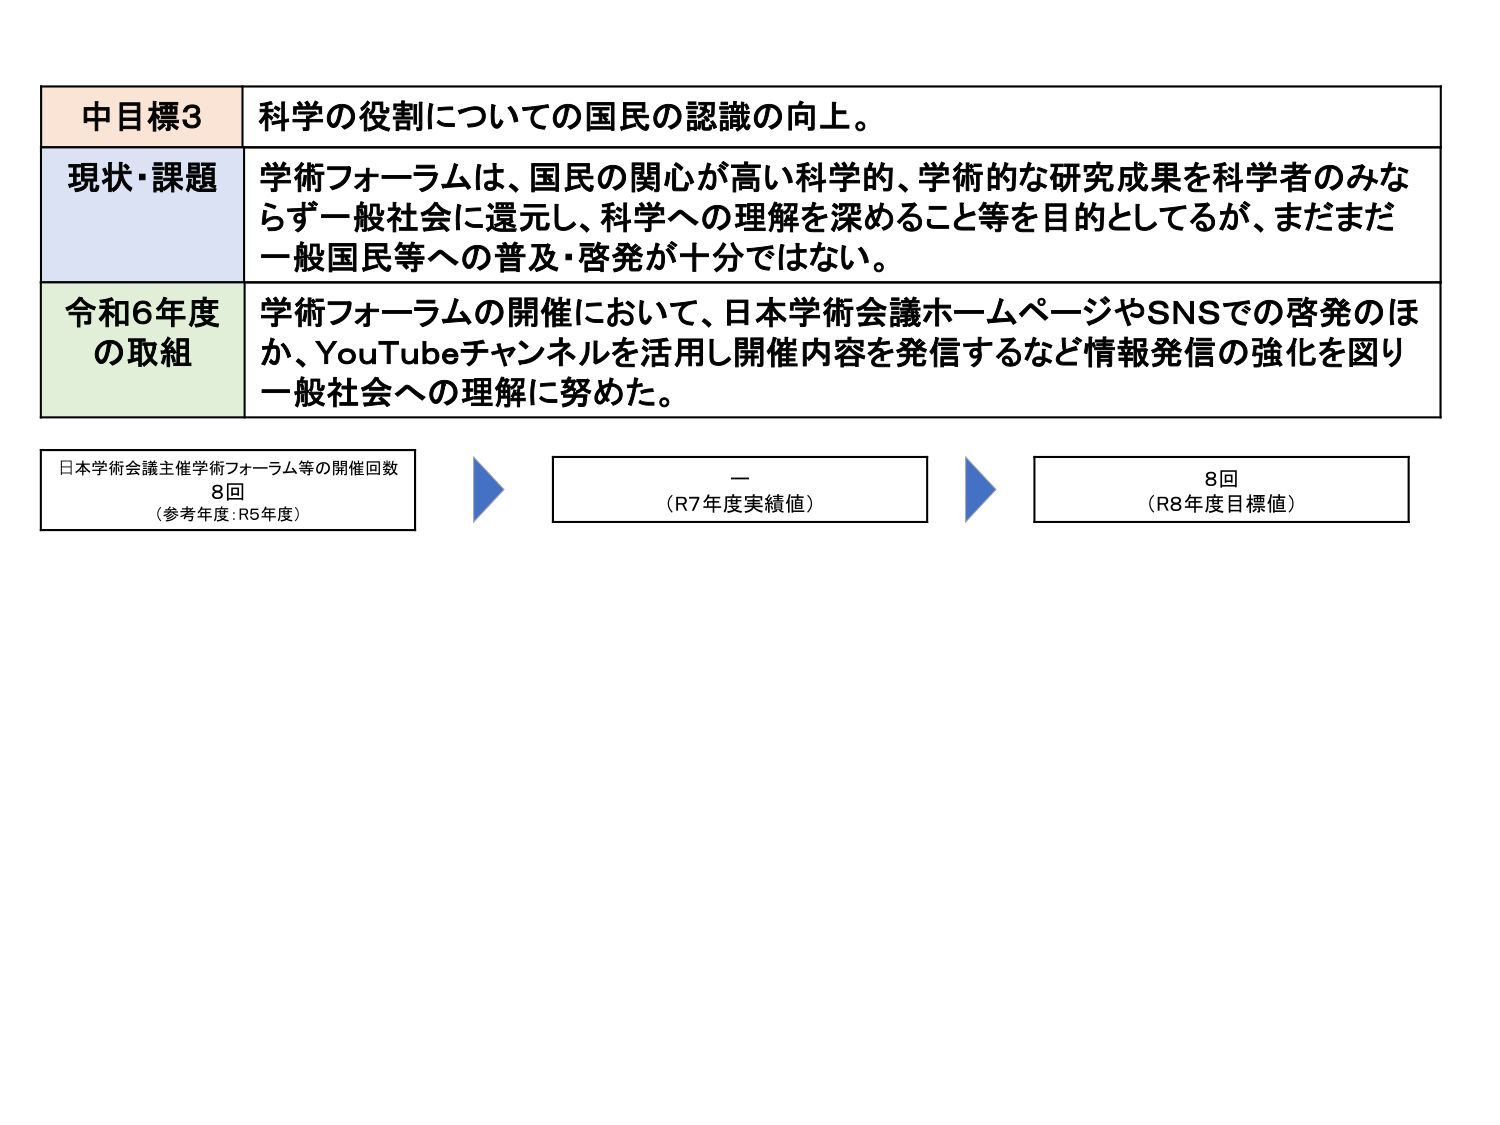
中目標3 科学の役割についての国民の認識の向上。

現状・課題 学術フォーラムは、国民の関心が高い科学的、学術的な研究成果を科学者のみならず一般社会に還元し、科学への理解を深めること等を目的としてるが、まだまだ一般国民等への普及・啓発が十分ではない。

令和6年度 の取組 学術フォーラムの開催において、日本学術会議ホームページやSNSでの啓発のほか、YouTubeチャンネルを活用し開催内容を発信するなど情報発信の強化を図り一般社会への理解に努めた。

日本学術会議主催学術フォーラム等の開催回数
8回
（参考年度：R5年度）

ー
（R7年度実績値）

8回
（R8年度目標値）